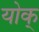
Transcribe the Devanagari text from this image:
योक्